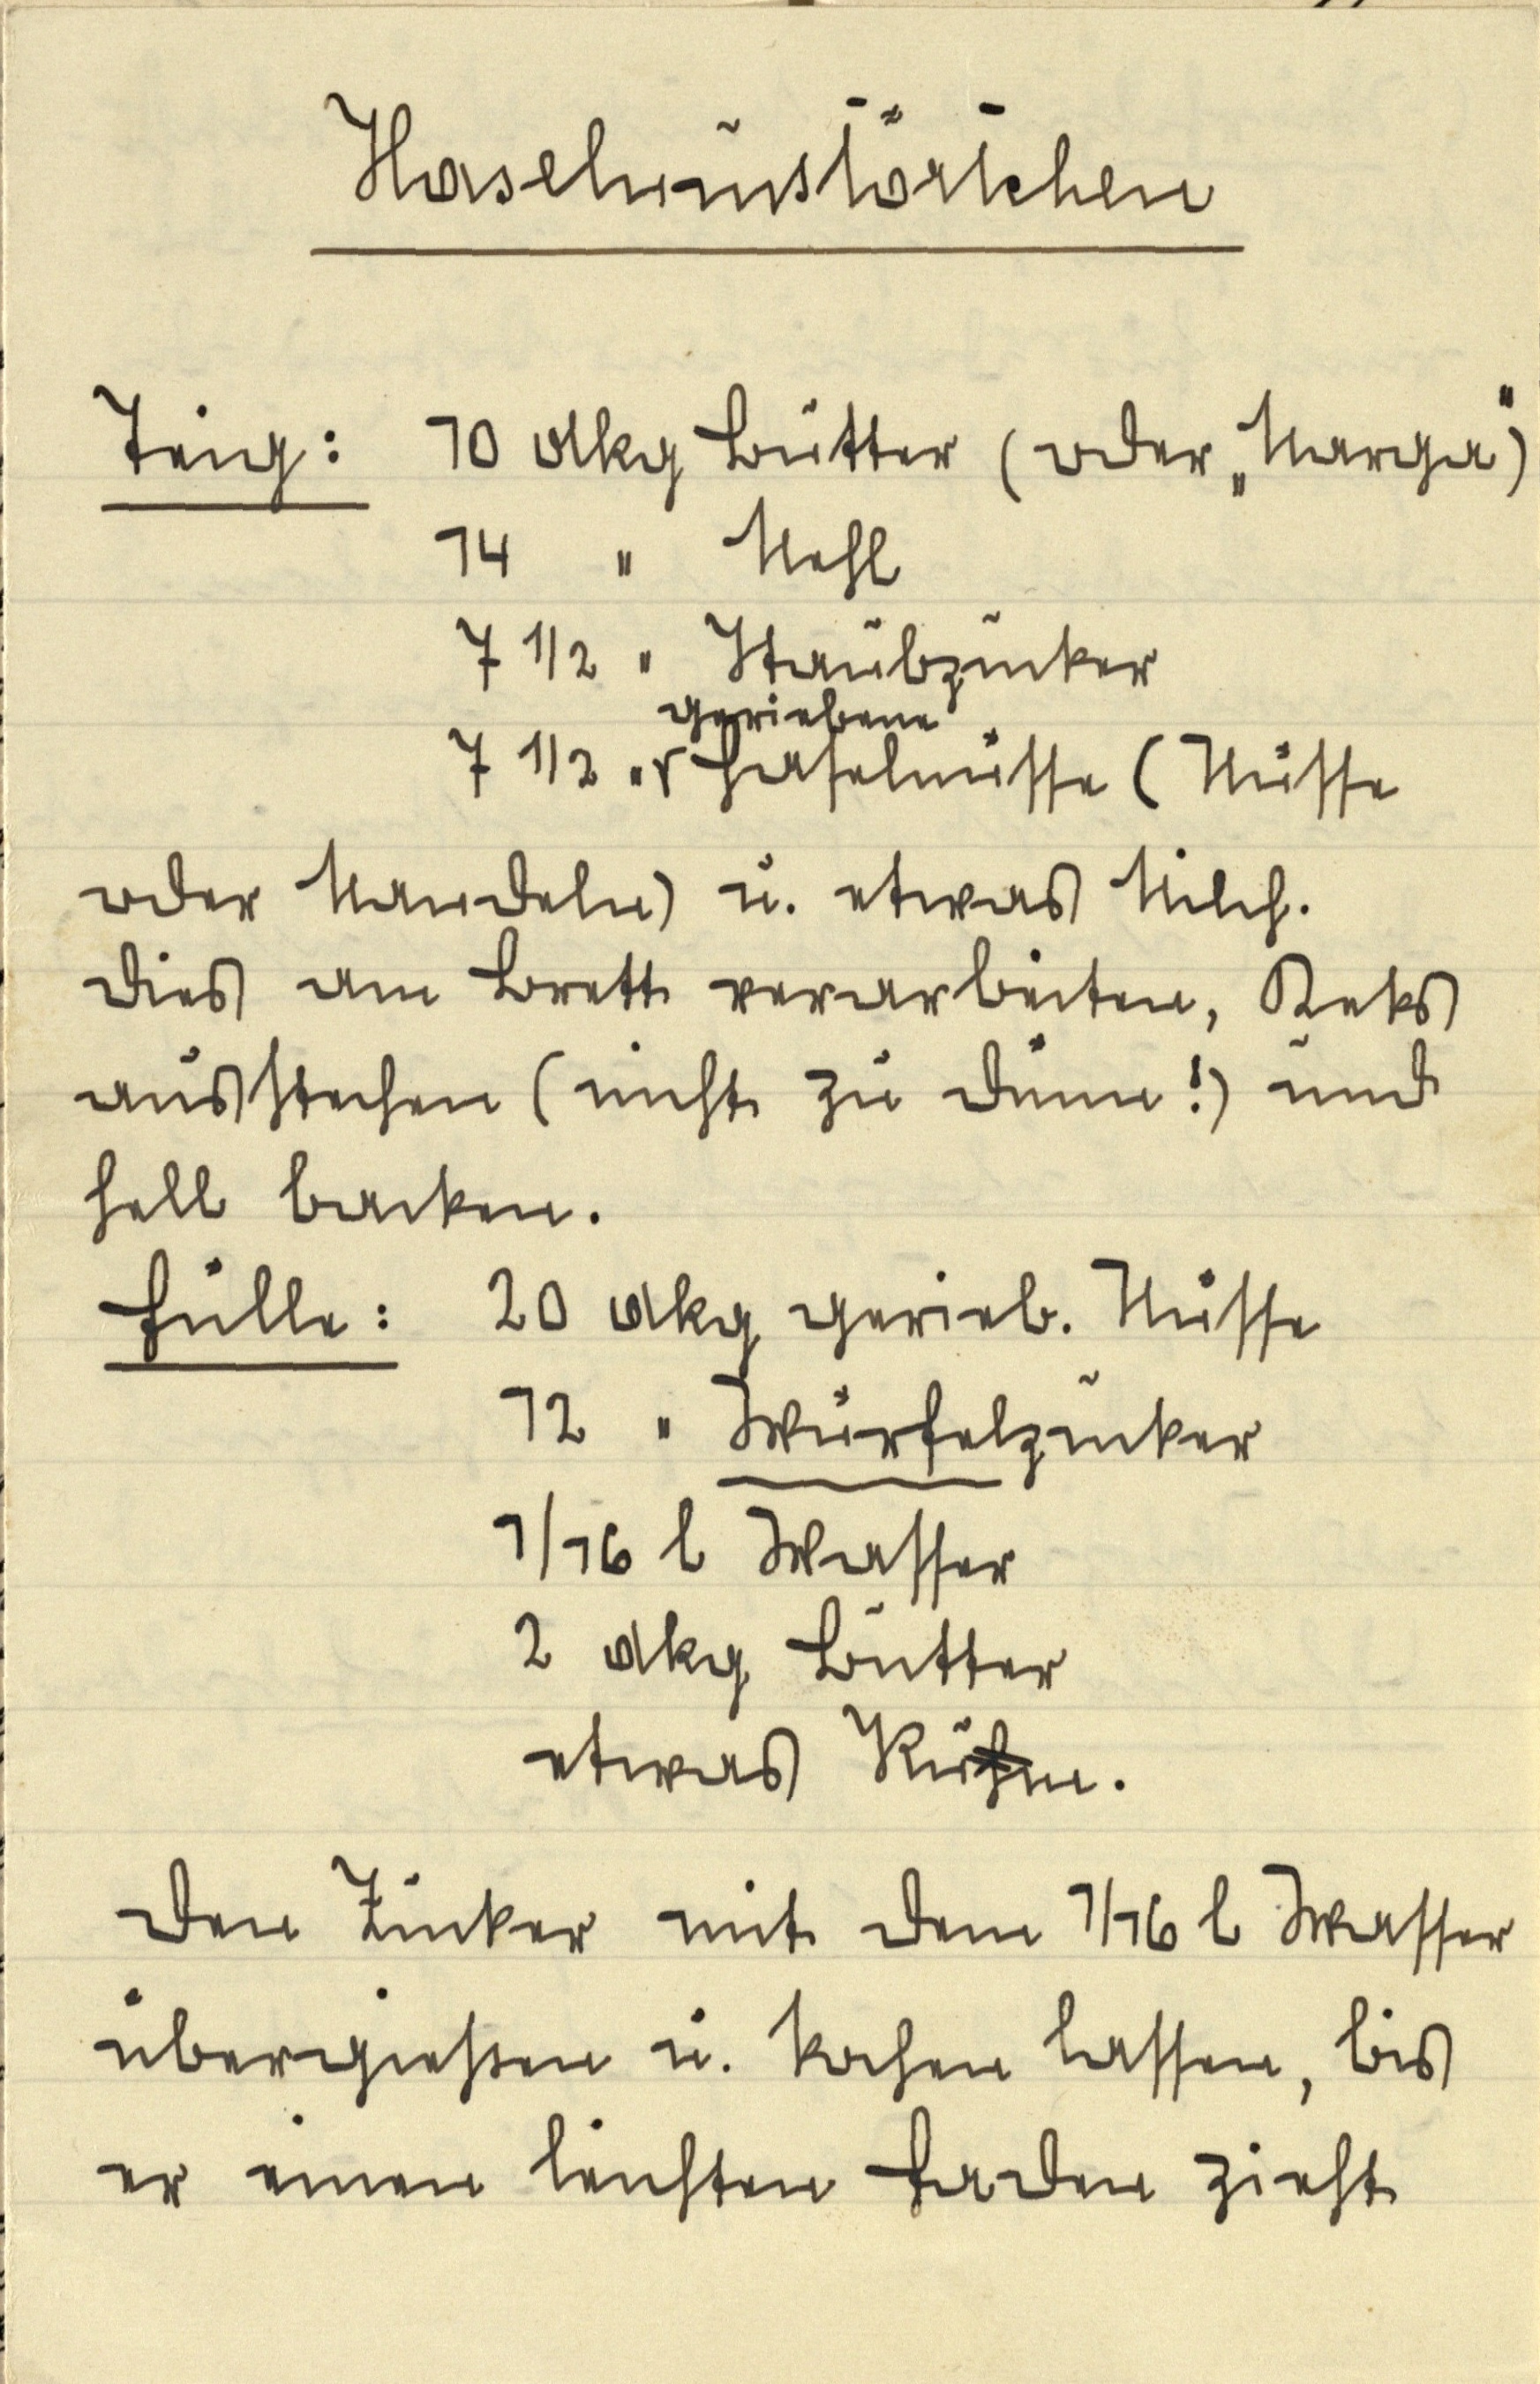
Haselnusstörtchen

Teig: 10 dkg Butter (oder "Marga")
14 " Mehl
7 ½ " Staubzucker
geriebene
7 ½ Haselnüsse (Nüsse

oder Mandeln) u. etwas Milch.
dies am Brett verarbeiten, Keks
ausstechen (nicht zu dünn!) und
hell backen.

Fülle: 20 dkg gerieb. Nüsse
12 " Würfelzucker
1/16 l Wasser
2 dkg Butter
etwas Ruhm.

Den Zucker mit dem 1/16 l Wasser
übergießen u. kochen lassen, bis
er einen leichten Faden zieht